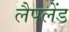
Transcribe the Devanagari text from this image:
लैपलेंड